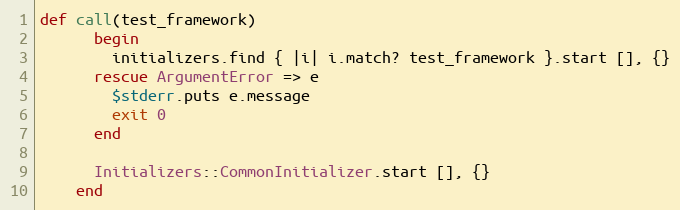
Language: Ruby
def call(test_framework)
      begin
        initializers.find { |i| i.match? test_framework }.start [], {}
      rescue ArgumentError => e
        $stderr.puts e.message
        exit 0
      end

      Initializers::CommonInitializer.start [], {}
    end